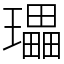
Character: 瓃